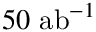
5 0 ~ \mathrm { a b } ^ { - 1 }